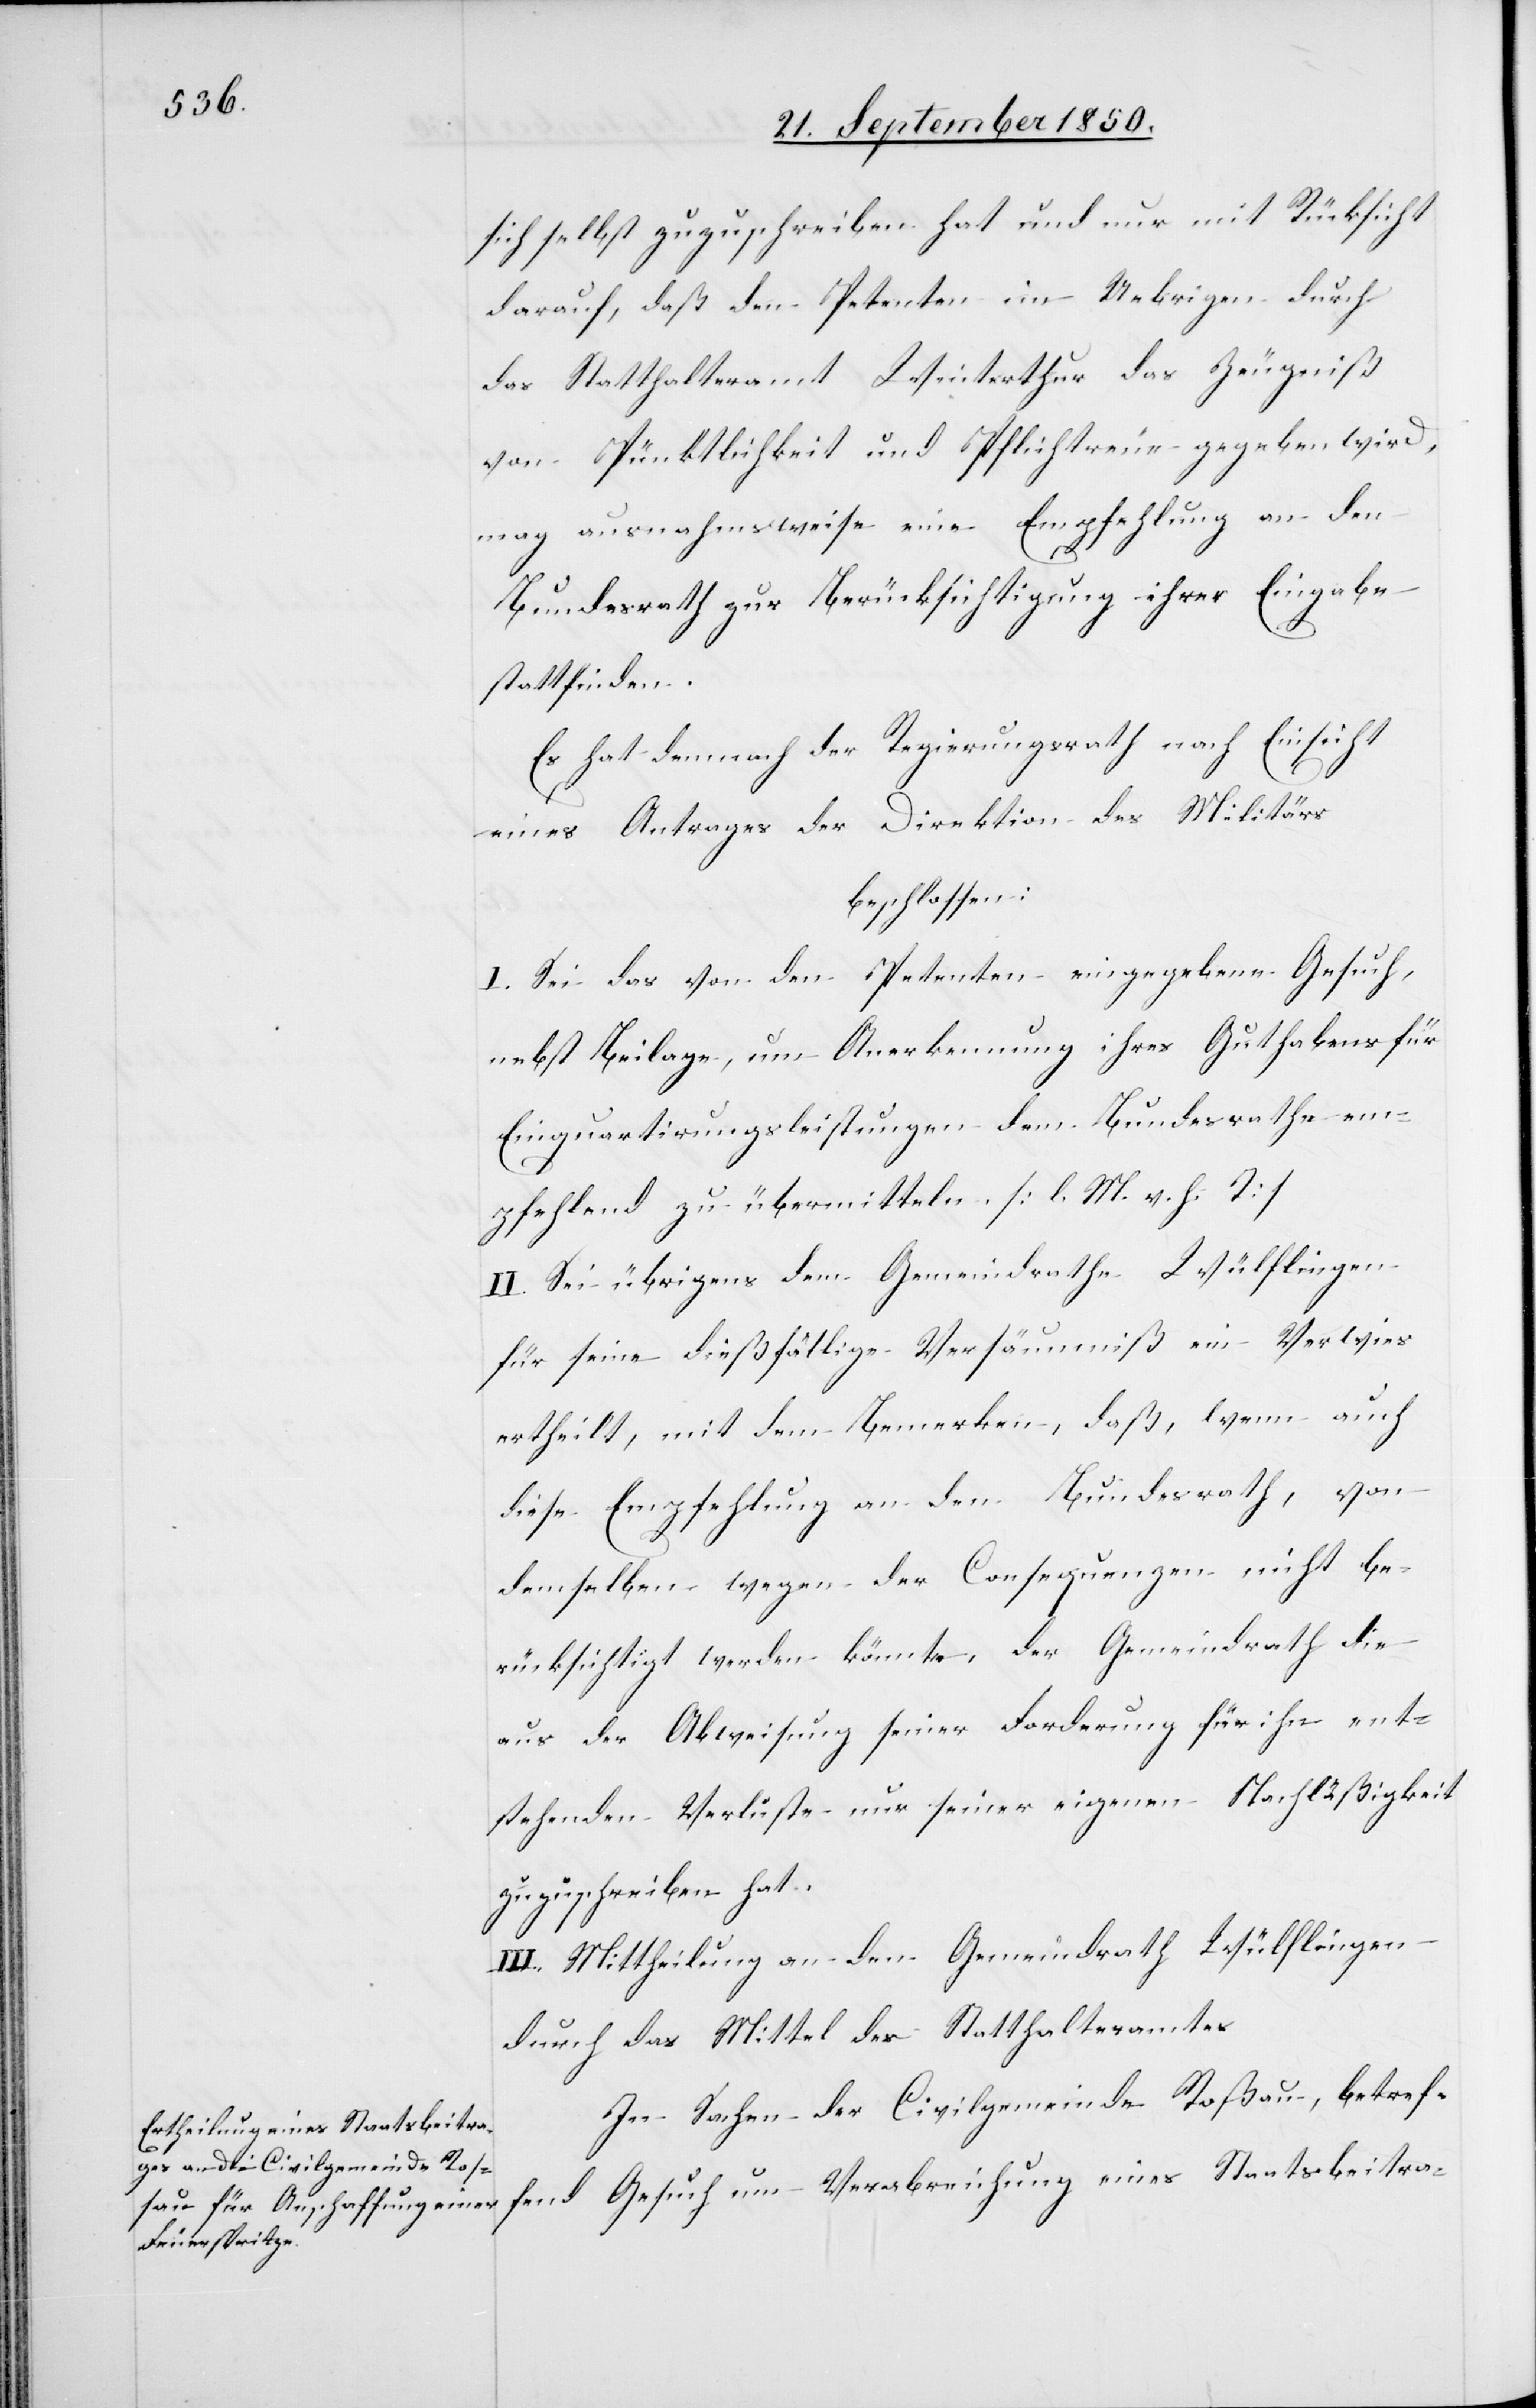
sich selbst zuzuschreiben hat und nur mit Rücksicht
darauf, daß den Petenten im Uebrigen durch
das Statthalteramt Winterthur das Zeugniß
von Pünktlichkeit und Pflichtreue gegeben wird,
mag ausnahmsweise eine Empfehlung an den
Bundesrath zur Berücksichtigung ihrer Eingabe
stattfinden.
Es hat demnach der Regierungsrath nach Einsicht
eines Antrages der Direktion des Militärs
beschlossen:
I. Sei das von den Petenten eingegebene Gesuch,
nebst Beilage, um Anerkennung ihres Guthabens für
Einquartirungsleistungen dem Bundesrathe em¬
pfehlend zu übermitteln. [l. M. v. h. T]
II. Sei übrigens dem Gemeindrathe Wülflingen
für seine dießfällige Versäumniß ein Verwies
ertheilt, mit dem Bemerken, daß, wenn auch
diese Empfehlung an den Bundesrath, von
demselben wegen der Consequenzen nicht be¬
rücksichtigt werden könnte, der Gemeindrath die
aus der Abweisung seiner Forderung für ihn ent¬
stehenden Verluste nur seiner eigenen Nachläßigkeit
zuzuschreiben hat.
III. Mittheilung an den Gemeindrath Wülflingen
durch das Mittel des Statthalteramtes.
In Sachen der Civilgemeinde Roßau, betref¬
fend Gesuch um Verabreichung eines Staatsbeitra-